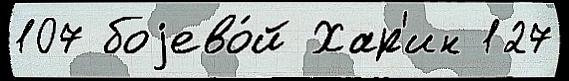
107 боjево́й Хар'ин 127